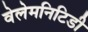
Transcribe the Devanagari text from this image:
वेलेमनिटिडी